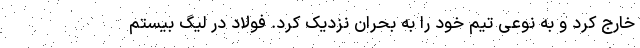
خارج کرد و به نوعی تیم خود را به بحران نزدیک کرد. فولاد در لیگ بیستم